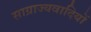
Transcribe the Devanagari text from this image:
साग्राज्यवादियों